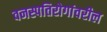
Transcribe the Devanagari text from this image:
वनस्पतिरोगांवरील